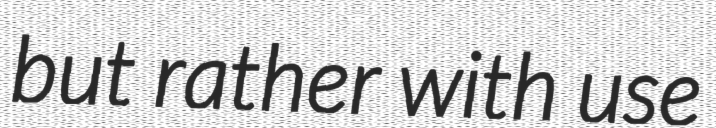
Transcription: but rather with use